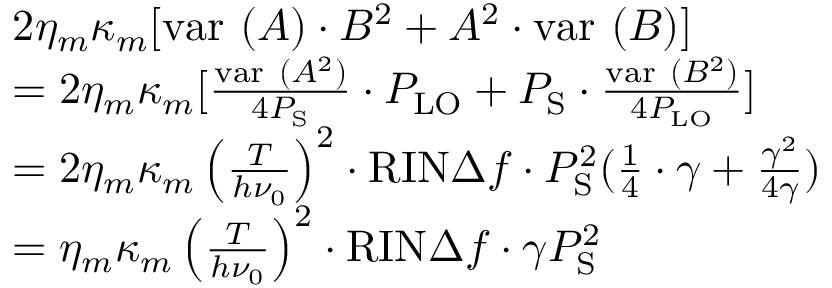
\begin{array} { r l } { ~ } & { 2 \eta _ { m } \kappa _ { m } [ \mathrm { v a r ~ } ( A ) \cdot B ^ { 2 } + A ^ { 2 } \cdot \mathrm { v a r ~ } ( B ) ] } \\ & { = 2 \eta _ { m } \kappa _ { m } [ \frac { \mathrm { v a r ~ } ( A ^ { 2 } ) } { 4 P _ { \mathrm { S } } } \cdot P _ { \mathrm { L O } } + P _ { \mathrm { S } } \cdot \frac { \mathrm { v a r ~ } ( B ^ { 2 } ) } { 4 P _ { \mathrm { L O } } } ] } \\ & { = 2 \eta _ { m } \kappa _ { m } \left( \frac { T } { h \nu _ { 0 } } \right) ^ { 2 } \cdot \mathrm { R I N } \Delta f \cdot P _ { \mathrm { S } } ^ { 2 } ( \frac { 1 } { 4 } \cdot \gamma + \frac { \gamma ^ { 2 } } { 4 \gamma } ) } \\ & { = \eta _ { m } \kappa _ { m } \left( \frac { T } { h \nu _ { 0 } } \right) ^ { 2 } \cdot \mathrm { R I N } \Delta f \cdot \gamma P _ { \mathrm { S } } ^ { 2 } } \end{array}